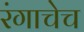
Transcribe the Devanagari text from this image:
रंगाचेच